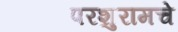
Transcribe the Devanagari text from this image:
परशुरामचे